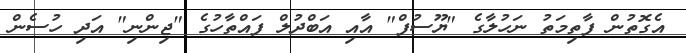
އެގޮތުން ފާތިމަތު ނަހުލާގެ "ޔޫސުފް" އާއި އަބްދުލް ފައްތާހުގެ "ޖިންނި" އަދި ހުސެން